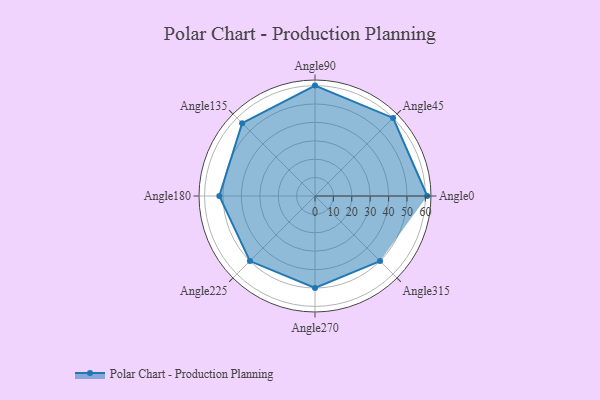
{"axis": {"x": "Angle", "y": "Radius"}, "legend": [""], "data": [{"x": "Angle0", "y": 61.0, "type": ""}, {"x": "Angle45", "y": 60.0, "type": ""}, {"x": "Angle90", "y": 60.0, "type": ""}, {"x": "Angle135", "y": 56.0, "type": ""}, {"x": "Angle180", "y": 52.0, "type": ""}, {"x": "Angle225", "y": 50, "type": ""}, {"x": "Angle270", "y": 50, "type": ""}, {"x": "Angle315", "y": 50, "type": ""}]}